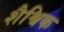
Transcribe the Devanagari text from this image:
शैश्विक